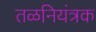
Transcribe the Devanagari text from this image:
तळनियंत्रक